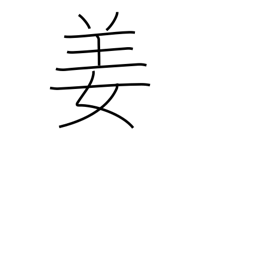
Meaning: Chinese surname